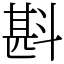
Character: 斟